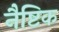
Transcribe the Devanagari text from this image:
नैष्टिक